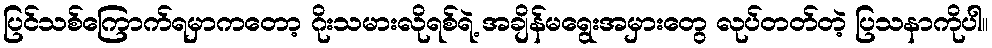
ပြင်သစ်ကြောက်ရမှာကတော့ ဂိုးသမားလိုရစ်ရဲ့ အချိန်မရွေးအမှားတွေ လုပ်တတ်တဲ့ ပြသနာကိုပါ။